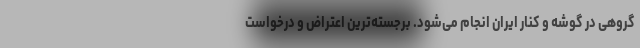
گروهی در گوشه و کنار ایران انجام می‌شود. برجسته‌ترین اعتراض و درخواست